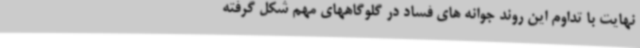
نهایت با تداوم این روند جوانه های فساد در گلوگاههای مهم شکل گرفته